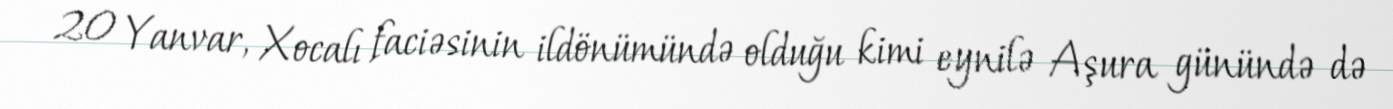
20 Yanvar, Xocalı faciəsinin ildönümündə olduğu kimi eynilə Aşura günündə də